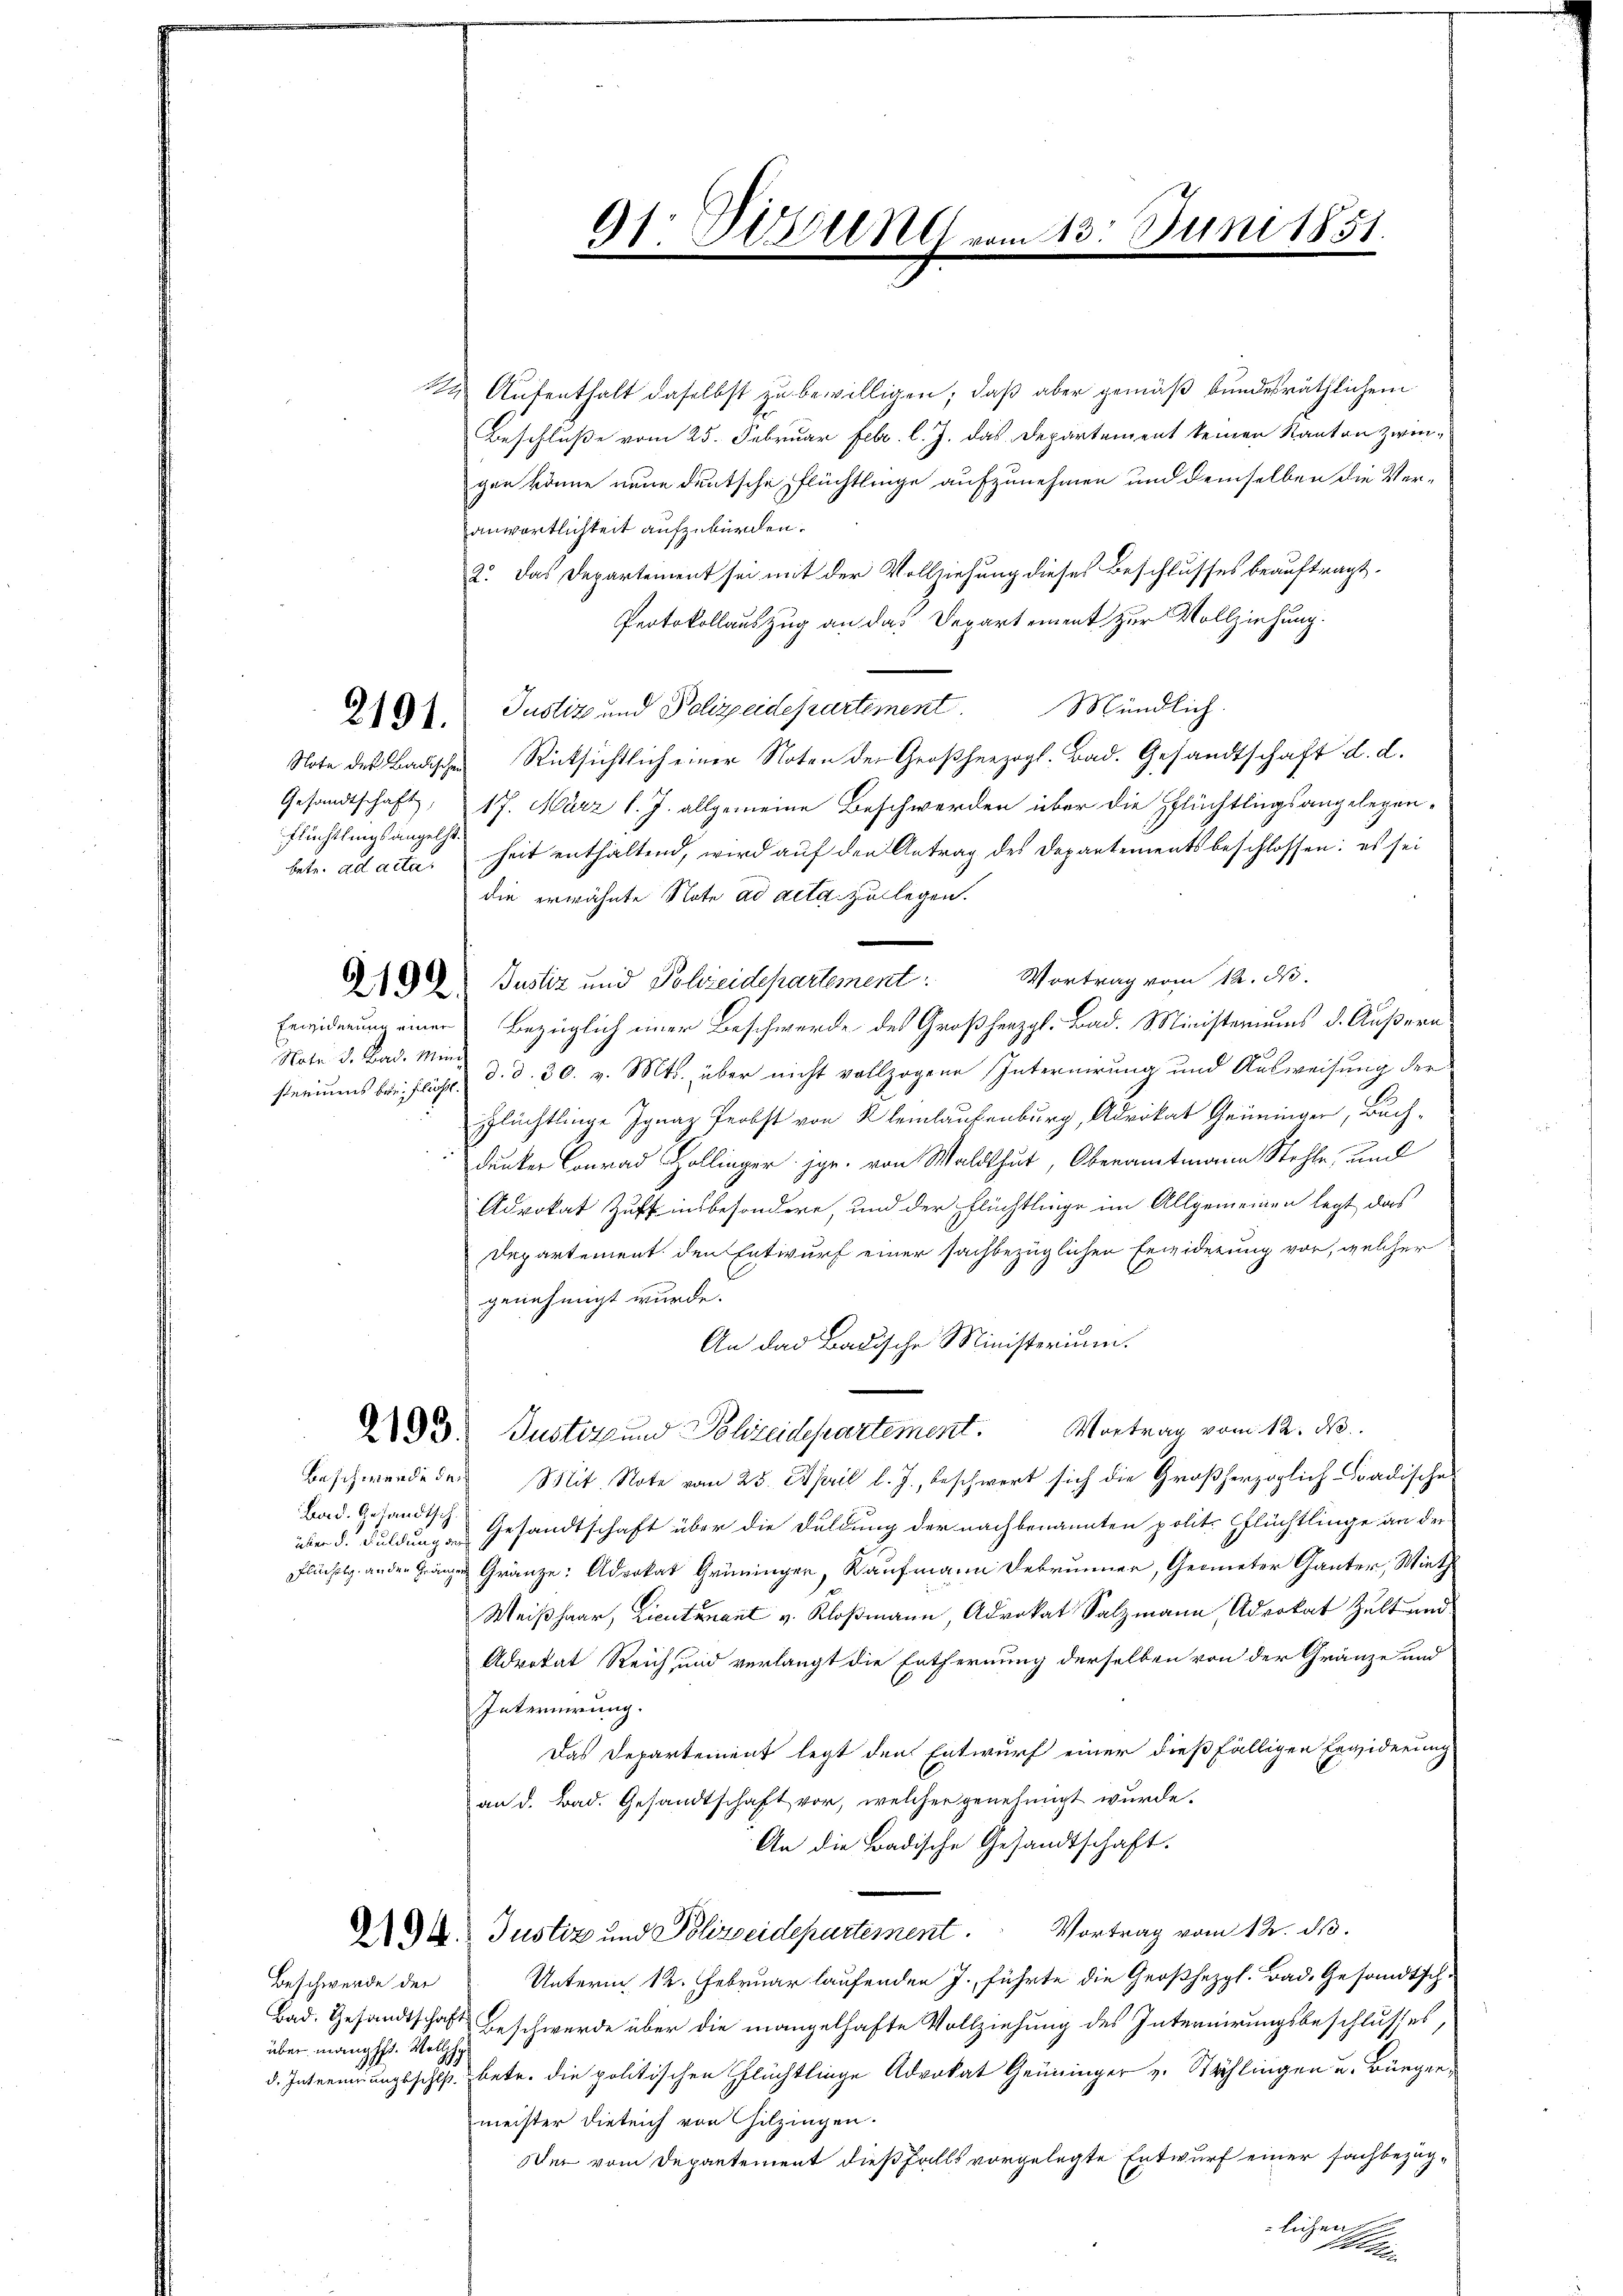
Flüchtlingsangele

Natr. d. Bad. Mini

Bad. Gesandtsch

Beschwerde der
über manglft. Wellho

124 Aufenthalt daselbst zu bewilligen, daß aber gemäß bundesräthlichem
Beschluße vom 25. Februar Febr. l. J. das Departement keinen Kanton zwingen könne neue deutsche Pflüchtlinge aufzunehmen und demselben die Veranwortlichkeit aufzubürden.
2. Das Departement sei mit der Vollziehung dieses Beschlusses beauftragt,
Protokollauszug an das Departement zur Vollziehung.
2101. Justiz und Polizeidepartement. Mündlich.
Note des Badischen Rücksichtlich einer Noten der Großherzogl. Bad. Gesandtschaft d. d.
Gesandtschaft, 17. März l. J. allgemeine Beschwerden über die Pflüchtlingsangelegenbetr. ad acta, heit enthaltend, wird auf den Antrag des Departementsbeschlossen: es sei
die erwähnte Note ad acta zu legen.
Vortrag vom 12. d.
619. Justiz und Polizeidepartement:
Erwiderung einer Bezüglich einer Beschwerde des Großherzgl. Bad. Ministeriums d. Äußern
steriums breifliche, d. d. 30. v. Mts. über nicht vollzogene Internirung und Ausweisung der
Flüchtlinge Ignaz Probst von Kleinlaubenburg, Advokat Grüninger, Buchdunker Conrad Zollinger jgr. von Waldthut, Oberamtmann Stehle, und
Advokat Zuff insbesondere, und der Flüchtlinge im Allgemeinen legt, das
Departement den Entwurf einer sachbezüglichen Erwiderung vor, welcher
genehmigt wurde.
An das Badische Ministerium.
.
233. Justiz und Polizeidepartement. Vortrag vom 12. ds.
Beschwerde den Mit Note vom 25. April l. J., beschwert sich die Großherzoglich-Baadische
über d. Fuldungen Gesandtschaft über die Duldung der nachbenannten polit. Pflüchtlinge an der
Flücht andere Gränze: Advokat Grüninger, Kaufmann Februnnen, Gereter Ganter, Wirth
Weißhaar, Lieutenant v. Kloßmann, Advokat Salzmann, Advokat Zelt und
Advokat Reich, und verlangt die Entfernung derselben von der Gränze und
Internierung.
Das Departement legt den Entwurf einer dießfälligen Erwiderung
an d. Bad. Gesandtschaft vor, welcher genehmigt wurde.
An die Badische Gesandtschaft.
194. Justiz und Polizeidepartement. Vortrag vom 12. d.
Unterm 12. Februar laufenden J. führte die Großhezgl. Bad. Gesandtsch¬
Bad. Gesandtschaft Beschwerde über die mangelhafte Vollziehung des Internirungsbeschlusses,
d. Intrennungsschl. betr. die politischen Flüchtlinge Advokat Grüninger v. Stählingen u. Bürgermeister dieseich von Hitzingen.
Wei vom Departement dießfalls vorgelegte Entwurf einer Fachbezüglichen.

91. Dirung

t

1

Juni 1851.